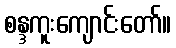
စန္ဒကူးကျောင်းတော်။